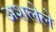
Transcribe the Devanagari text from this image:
अशलेले